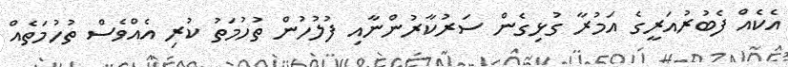
އެކެއް ފެބުރުއަރީގެ އަމުރާ ގުޅިގެން ސަރުކާރުންނާއި ފުލުހުން ތުހުމަތު ކުރި އެއްވެސް ތުހުމަތެއް